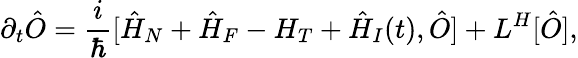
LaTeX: \partial_{t}\hat{O}=\frac{i}{\hbar}[\hat{H}_{N}+\hat{H}_{F}-H_{T}+\hat{H}_{I}(t),\hat{O}]+L^{H}[\hat{O}],